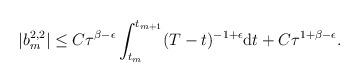
LaTeX: \begin{align*}|b_m^{2,2}| \leq C \tau^{ \beta - \epsilon } \int_{t_m}^{t_{m+1}} (T - t)^{-1 + \epsilon} \mbox{d} t + C \tau^{1 + \beta - \epsilon}.\end{align*}